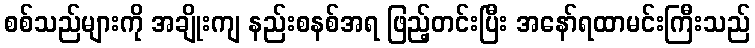
စစ်သည်များကို အချိုးကျ နည်းစနစ်အရ ဖြည့်တင်းပြီး အနော်ရထာမင်းကြီးသည်